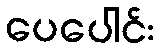
ပေပေါင်း